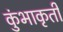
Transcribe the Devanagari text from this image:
कुंभाकृती